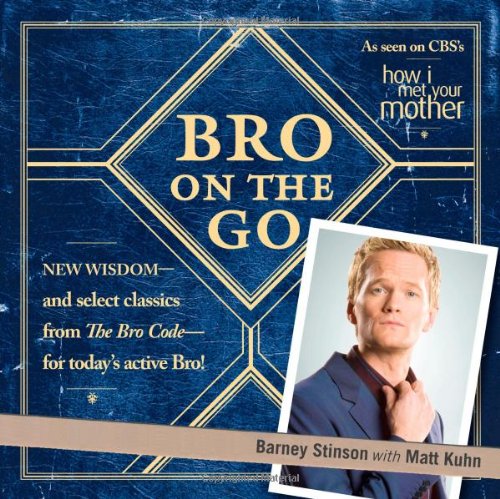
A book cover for Bro on the Go; Barney Stinson; Humor & Entertainment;